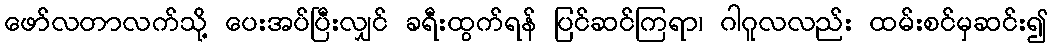
ဖော်လတာလက်သို့ ပေးအပ်ပြီးလျှင် ခရီးထွက်ရန် ပြင်ဆင်ကြရာ၊ ဂါဂူလလည်း ထမ်းစင်မှဆင်း၍